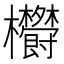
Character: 𣡮